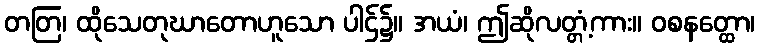
တတြ၊ ထိုသေတုဃာတောဟူသော ပါဌ်၌။ အယံ၊ ဤဆိုလတ္တံ့ကား။ ဝစနတ္ထော၊